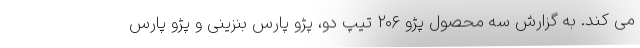
می کند. به گزارش سه محصول پژو ۲۰۶ تیپ دو، پژو پارس بنزینی و پژو پارس